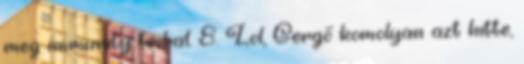
meg immunity tribal. 8. Lol, Gergő komolyan azt hitte,